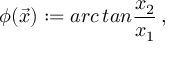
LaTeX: \phi ( \vec { x } ) : = a r c \, t a n { \frac { x _ { 2 } } { x _ { 1 } } } \, ,